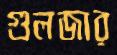
গুলজার